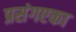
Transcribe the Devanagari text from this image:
प्रसंगएका